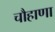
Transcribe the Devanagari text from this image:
चौहाणा